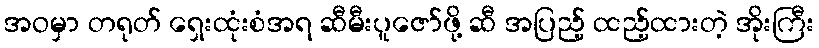
အဝမှာ တရုတ် ရှေးထုံးစံအရ ဆီမီးပူဇော်ဖို့ ဆီ အပြည့် ထည့်ထားတဲ့ အိုးကြီး